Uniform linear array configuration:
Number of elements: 12
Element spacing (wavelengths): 1
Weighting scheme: uniform
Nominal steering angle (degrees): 45
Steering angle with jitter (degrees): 45.763
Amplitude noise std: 0.05
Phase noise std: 0.05

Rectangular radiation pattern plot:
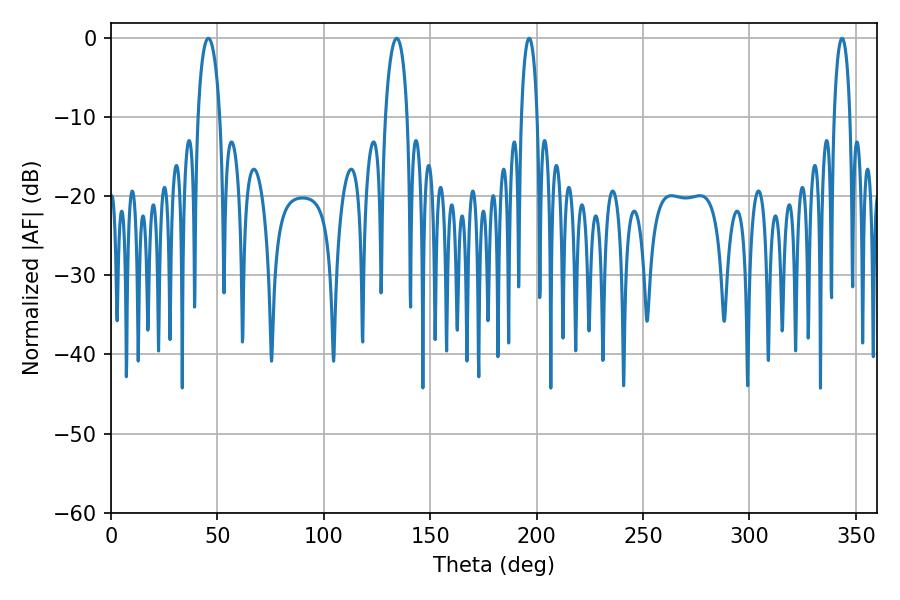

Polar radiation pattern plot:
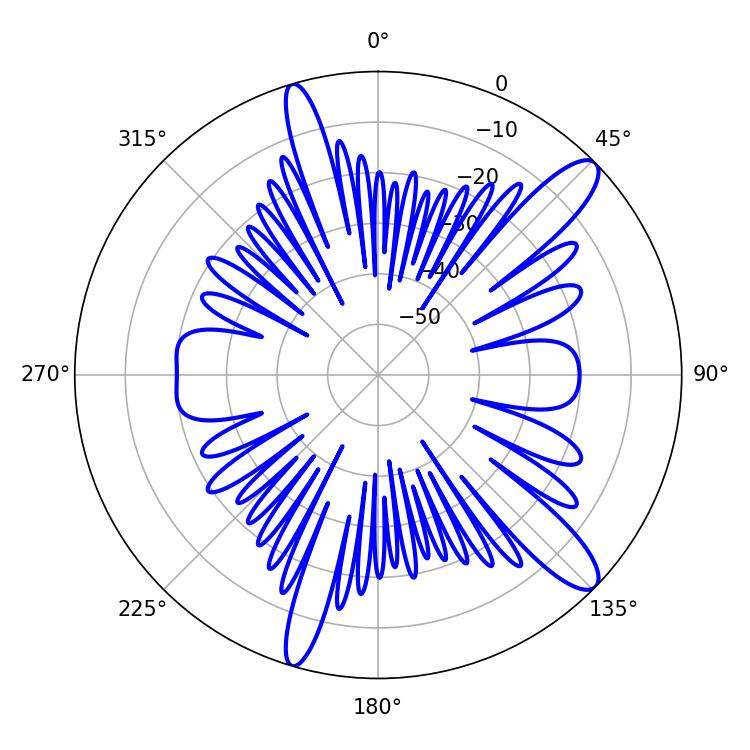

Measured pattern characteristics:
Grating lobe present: TRUE
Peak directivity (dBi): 12.337
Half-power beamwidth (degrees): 5.94
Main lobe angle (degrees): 45.72